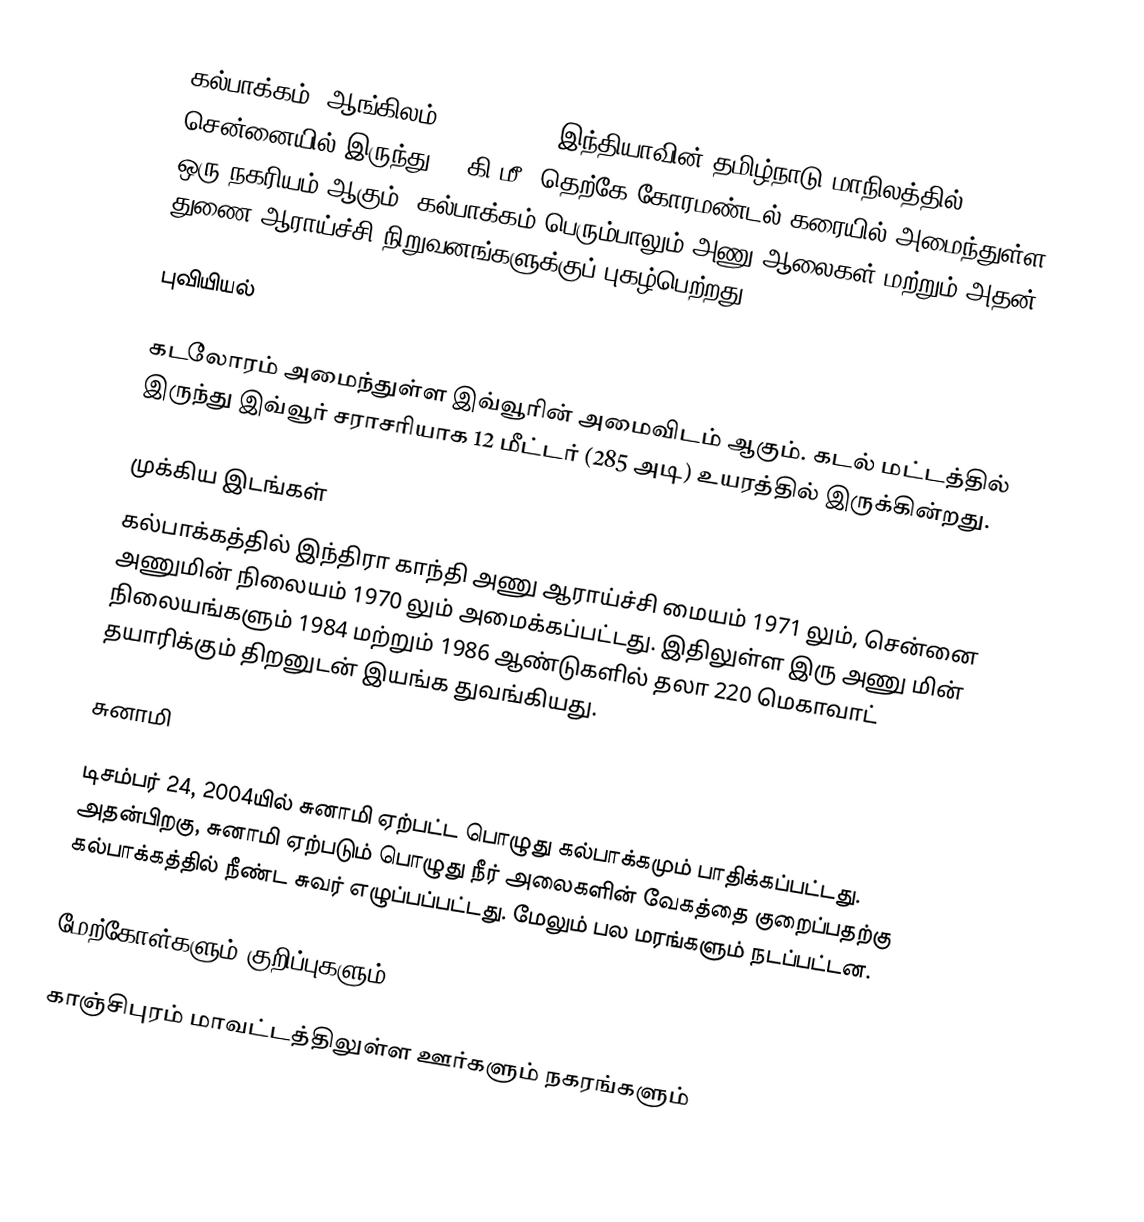
கல்பாக்கம் (ஆங்கிலம்:Kalpakkam), இந்தியாவின் தமிழ்நாடு மாநிலத்தில், சென்னையில் இருந்து 70 கி.மீ. தெற்கே கோரமண்டல் கரையில் அமைந்துள்ள ஒரு நகரியம் ஆகும். கல்பாக்கம் பெரும்பாலும் அணு ஆலைகள் மற்றும் அதன் துணை ஆராய்ச்சி நிறுவனங்களுக்குப் புகழ்பெற்றது.

புவியியல்

கடலோரம் அமைந்துள்ள இவ்வூரின் அமைவிடம்  ஆகும். கடல் மட்டத்தில் இருந்து இவ்வூர் சராசரியாக 12 மீட்டர் (285 அடி) உயரத்தில் இருக்கின்றது.

முக்கிய இடங்கள்
கல்பாக்கத்தில் இந்திரா காந்தி அணு ஆராய்ச்சி மையம்  1971 லும், சென்னை அணுமின் நிலையம் 1970 லும் அமைக்கப்பட்டது.  இதிலுள்ள இரு அணு மின் நிலையங்களும் 1984  மற்றும் 1986  ஆண்டுகளில் தலா 220 மெகாவாட் தயாரிக்கும் திறனுடன் இயங்க துவங்கியது.

சுனாமி

டிசம்பர் 24, 2004யில் சுனாமி ஏற்பட்ட பொழுது கல்பாக்கமும் பாதிக்கப்பட்டது. அதன்பிறகு, சுனாமி ஏற்படும் பொழுது நீர் அலைகளின் வேகத்தை குறைப்பதற்கு கல்பாக்கத்தில் நீண்ட சுவர் எழுப்பப்பட்டது. மேலும் பல மரங்களும் நடப்பட்டன.

மேற்கோள்களும் குறிப்புகளும்

காஞ்சிபுரம் மாவட்டத்திலுள்ள ஊர்களும் நகரங்களும்